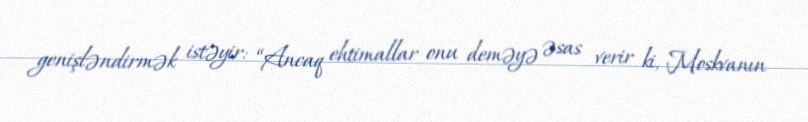
genişləndirmək istəyir: “Ancaq ehtimallar onu deməyə əsas verir ki, Moskvanın